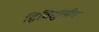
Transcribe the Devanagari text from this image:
द्विविद्युतीय